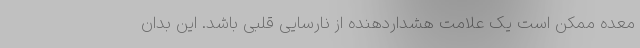
معده ممکن است یک علامت هشداردهنده از نارسایی قلبی باشد. این بدان